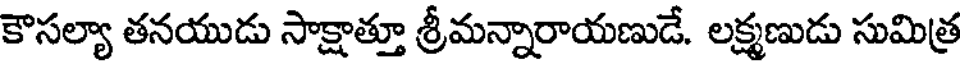
కౌసల్యా తనయుడు సాక్షాత్తూ శ్రీమన్నారాయణుడే. లక్ష్మణుడు సుమిత్ర